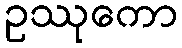
ဥဿုကော